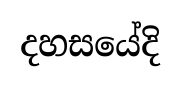
දහසයේදි